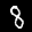
Label: 8